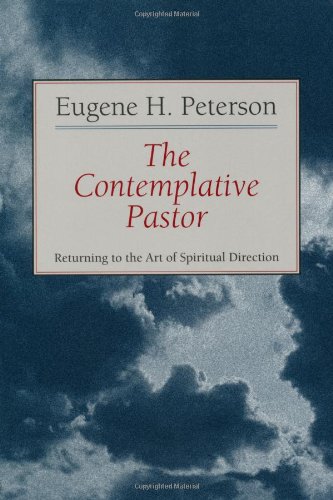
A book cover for The Contemplative Pastor: Returning to the Art of Spiritual Direction; Eugene H. Peterson; Christian Books & Bibles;